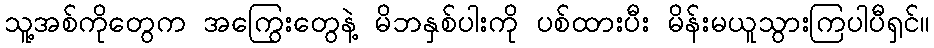
သူ့အစ်ကိုတွေက အကြွေးတွေနဲ့ မိဘနှစ်ပါးကို ပစ်ထားပီး မိန်းမယူသွားကြပါပီရှင်။